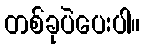
တစ်ခုပဲပေးပါ။